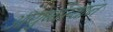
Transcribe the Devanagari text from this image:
आयुष्यस्थान